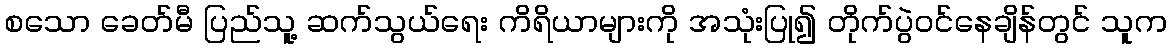
စသော ခေတ်မီ ပြည်သူ့ ဆက်သွယ်ရေး ကိရိယာများကို အသုံးပြု၍ တိုက်ပွဲဝင်နေချိန်တွင် သူက